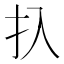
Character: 扖